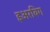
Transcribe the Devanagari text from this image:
इअरविग